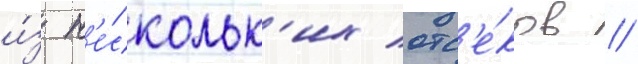
и́з н'е́скольк'их отс'е́ков //